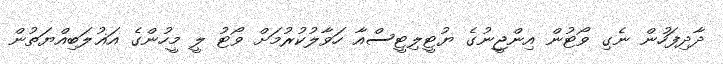
ދާދިފަހުން ނެގި ވޯޓުން އިންޖީނުގެ ޔުޓީލިޓީސްއާ ހަވާލުކުރުމަށް ވޯޓު ލީ މީހުންގެ އަޣުލަބިއްޔަތުން